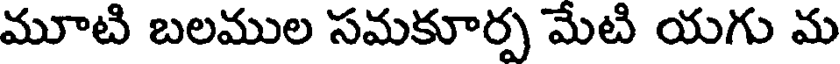
మూటి బలముల సమకూర్ప మేటి యగు మ